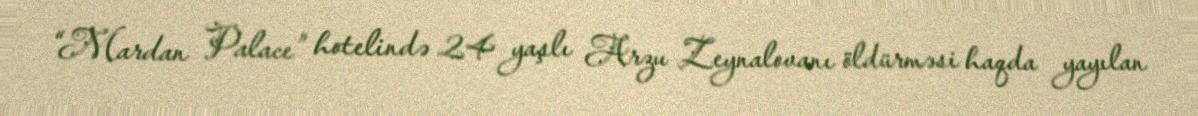
“Mardan Palace” hotelində 24 yaşlı Arzu Zeynalovanı öldürməsi haqda yayılan